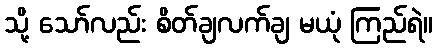
သို့ သော်လည်း စိတ်ချလက်ချ မယုံ ကြည်ရဲ။